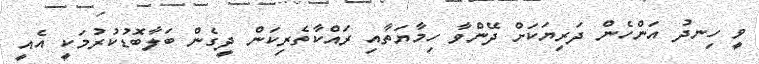
ވީ ހިނދު އަންހެން ދަރިޔަކަށް ދޭންވާ ހިމާޔަތާއި ރައްކާތެރިކަން ދީގެން ބަލާބޮޑުކުރުމަކީ އެއީ